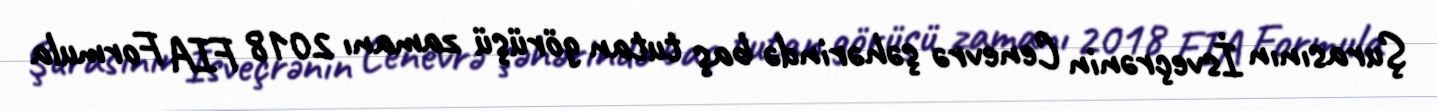
Şurasının İsveçrənin Cenevrə şəhərində baş tutan görüşü zamanı 2018 FIA Formula